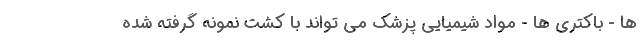
ها - باکتری ها - مواد شیمیایی پزشک می تواند با کشت نمونه گرفته شده